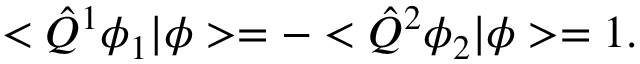
< \hat { Q } ^ { 1 } \phi _ { 1 } | \phi > = - < \hat { Q } ^ { 2 } \phi _ { 2 } | \phi > = 1 .